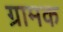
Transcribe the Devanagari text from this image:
ग्रामक